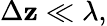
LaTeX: \Delta\mathbf{z}\ll\lambda,